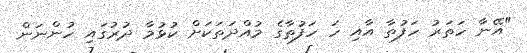
"އޭނާ ހަތަރު ހަފުތާ އާއި ހަ ހަފުތާގެ މުއްދަތަކަށް ކުޅުމާ ދުރުގައި ހުންނަން